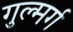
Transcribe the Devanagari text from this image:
गुल्मर्ग